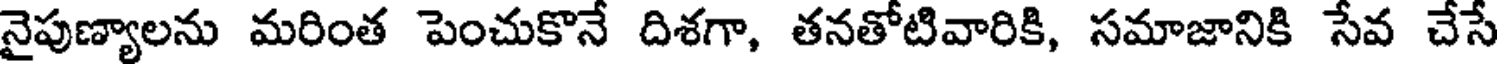
నైపుణ్యాలను మరింత పెంచుకొనే దిశగా, తనతోటివారికి, సమాజానికి సేవ చేసే